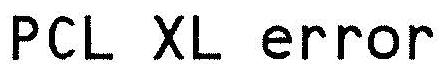
PCL XL ERROR